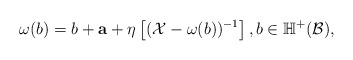
\begin{align*}\omega(b)=b+{\bf a}+\eta\left[(\mathcal X-\omega(b))^{-1}\right],b\in\mathbb H^+(\mathcal B),\end{align*}